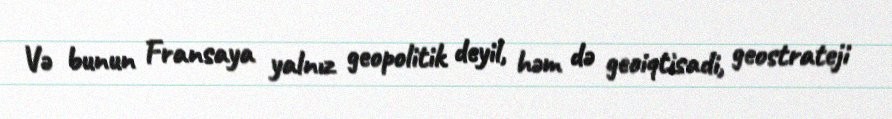
Və bunun Fransaya yalnız geopolitik deyil, həm də geoiqtisadi, geostrateji